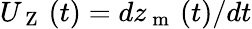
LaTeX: {U_{\mathrm{~Z~}}}\left(t\right)=dz_{\mathrm{~m~}}\left(t\right)/dt